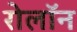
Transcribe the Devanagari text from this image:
रोलॉन